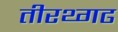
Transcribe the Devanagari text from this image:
तीरथ्गढ